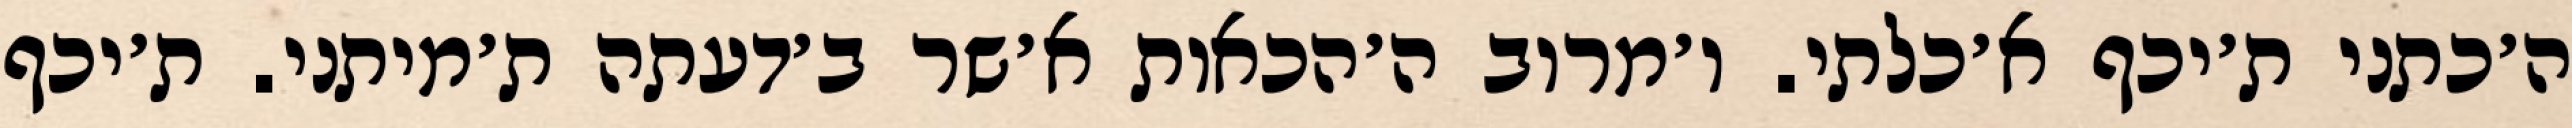
ה׳כתני ת׳יכף א׳כלתי. ו׳מרוב ה׳הכאות א׳שר ב׳דעתה ת׳מיתני. ת׳יכף